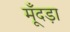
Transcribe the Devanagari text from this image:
मूँदड़ा